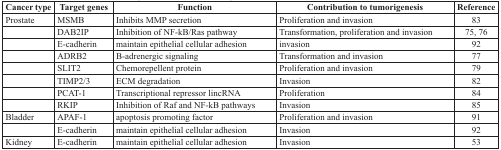
<table><thead><tr><td><b>Cancer type</b></td><td><b>Target genes</b></td><td><b>Function</b></td><td><b>Contribution to tumorigenesis</b></td><td><b>Reference</b></td></tr></thead><tbody><tr><td>Prostate</td><td>MSMB</td><td>Inhibits MMP secretion</td><td>Proliferation and invasion</td><td>83</td></tr><tr><td></td><td>DAB2IP</td><td>Inhibition of NF-kB/Ras pathway </td><td>Transformation, proliferation and invasion</td><td>75, 76</td></tr><tr><td></td><td>E-cadherin</td><td>maintain epithelial cellular adhesion </td><td>invasion</td><td>92</td></tr><tr><td></td><td>ADRB2</td><td>B-adrenergic signaling</td><td>Transformation and invasion</td><td>77</td></tr><tr><td></td><td>SLIT2</td><td>Chemorepellent protein</td><td>Proliferation and invasion</td><td>79</td></tr><tr><td></td><td>TIMP2/3</td><td>ECM degradation</td><td>Invasion</td><td>82</td></tr><tr><td></td><td>PCAT-1</td><td>Transcriptional repressor lincRNA</td><td>Proliferation</td><td>84</td></tr><tr><td></td><td>RKIP</td><td>Inhibition of Raf and NF-kB pathways</td><td>Invasion</td><td>85</td></tr><tr><td>Bladder</td><td>APAF-1</td><td>apoptosis promoting factor</td><td>Proliferation and invasion</td><td>91</td></tr><tr><td></td><td>E-cadherin</td><td>maintain epithelial cellular adhesion </td><td>Invasion</td><td>92</td></tr><tr><td>Kidney</td><td>E-cadherin</td><td>maintain epithelial cellular adhesion </td><td>Invasion</td><td>53</td></tr></tbody></table>